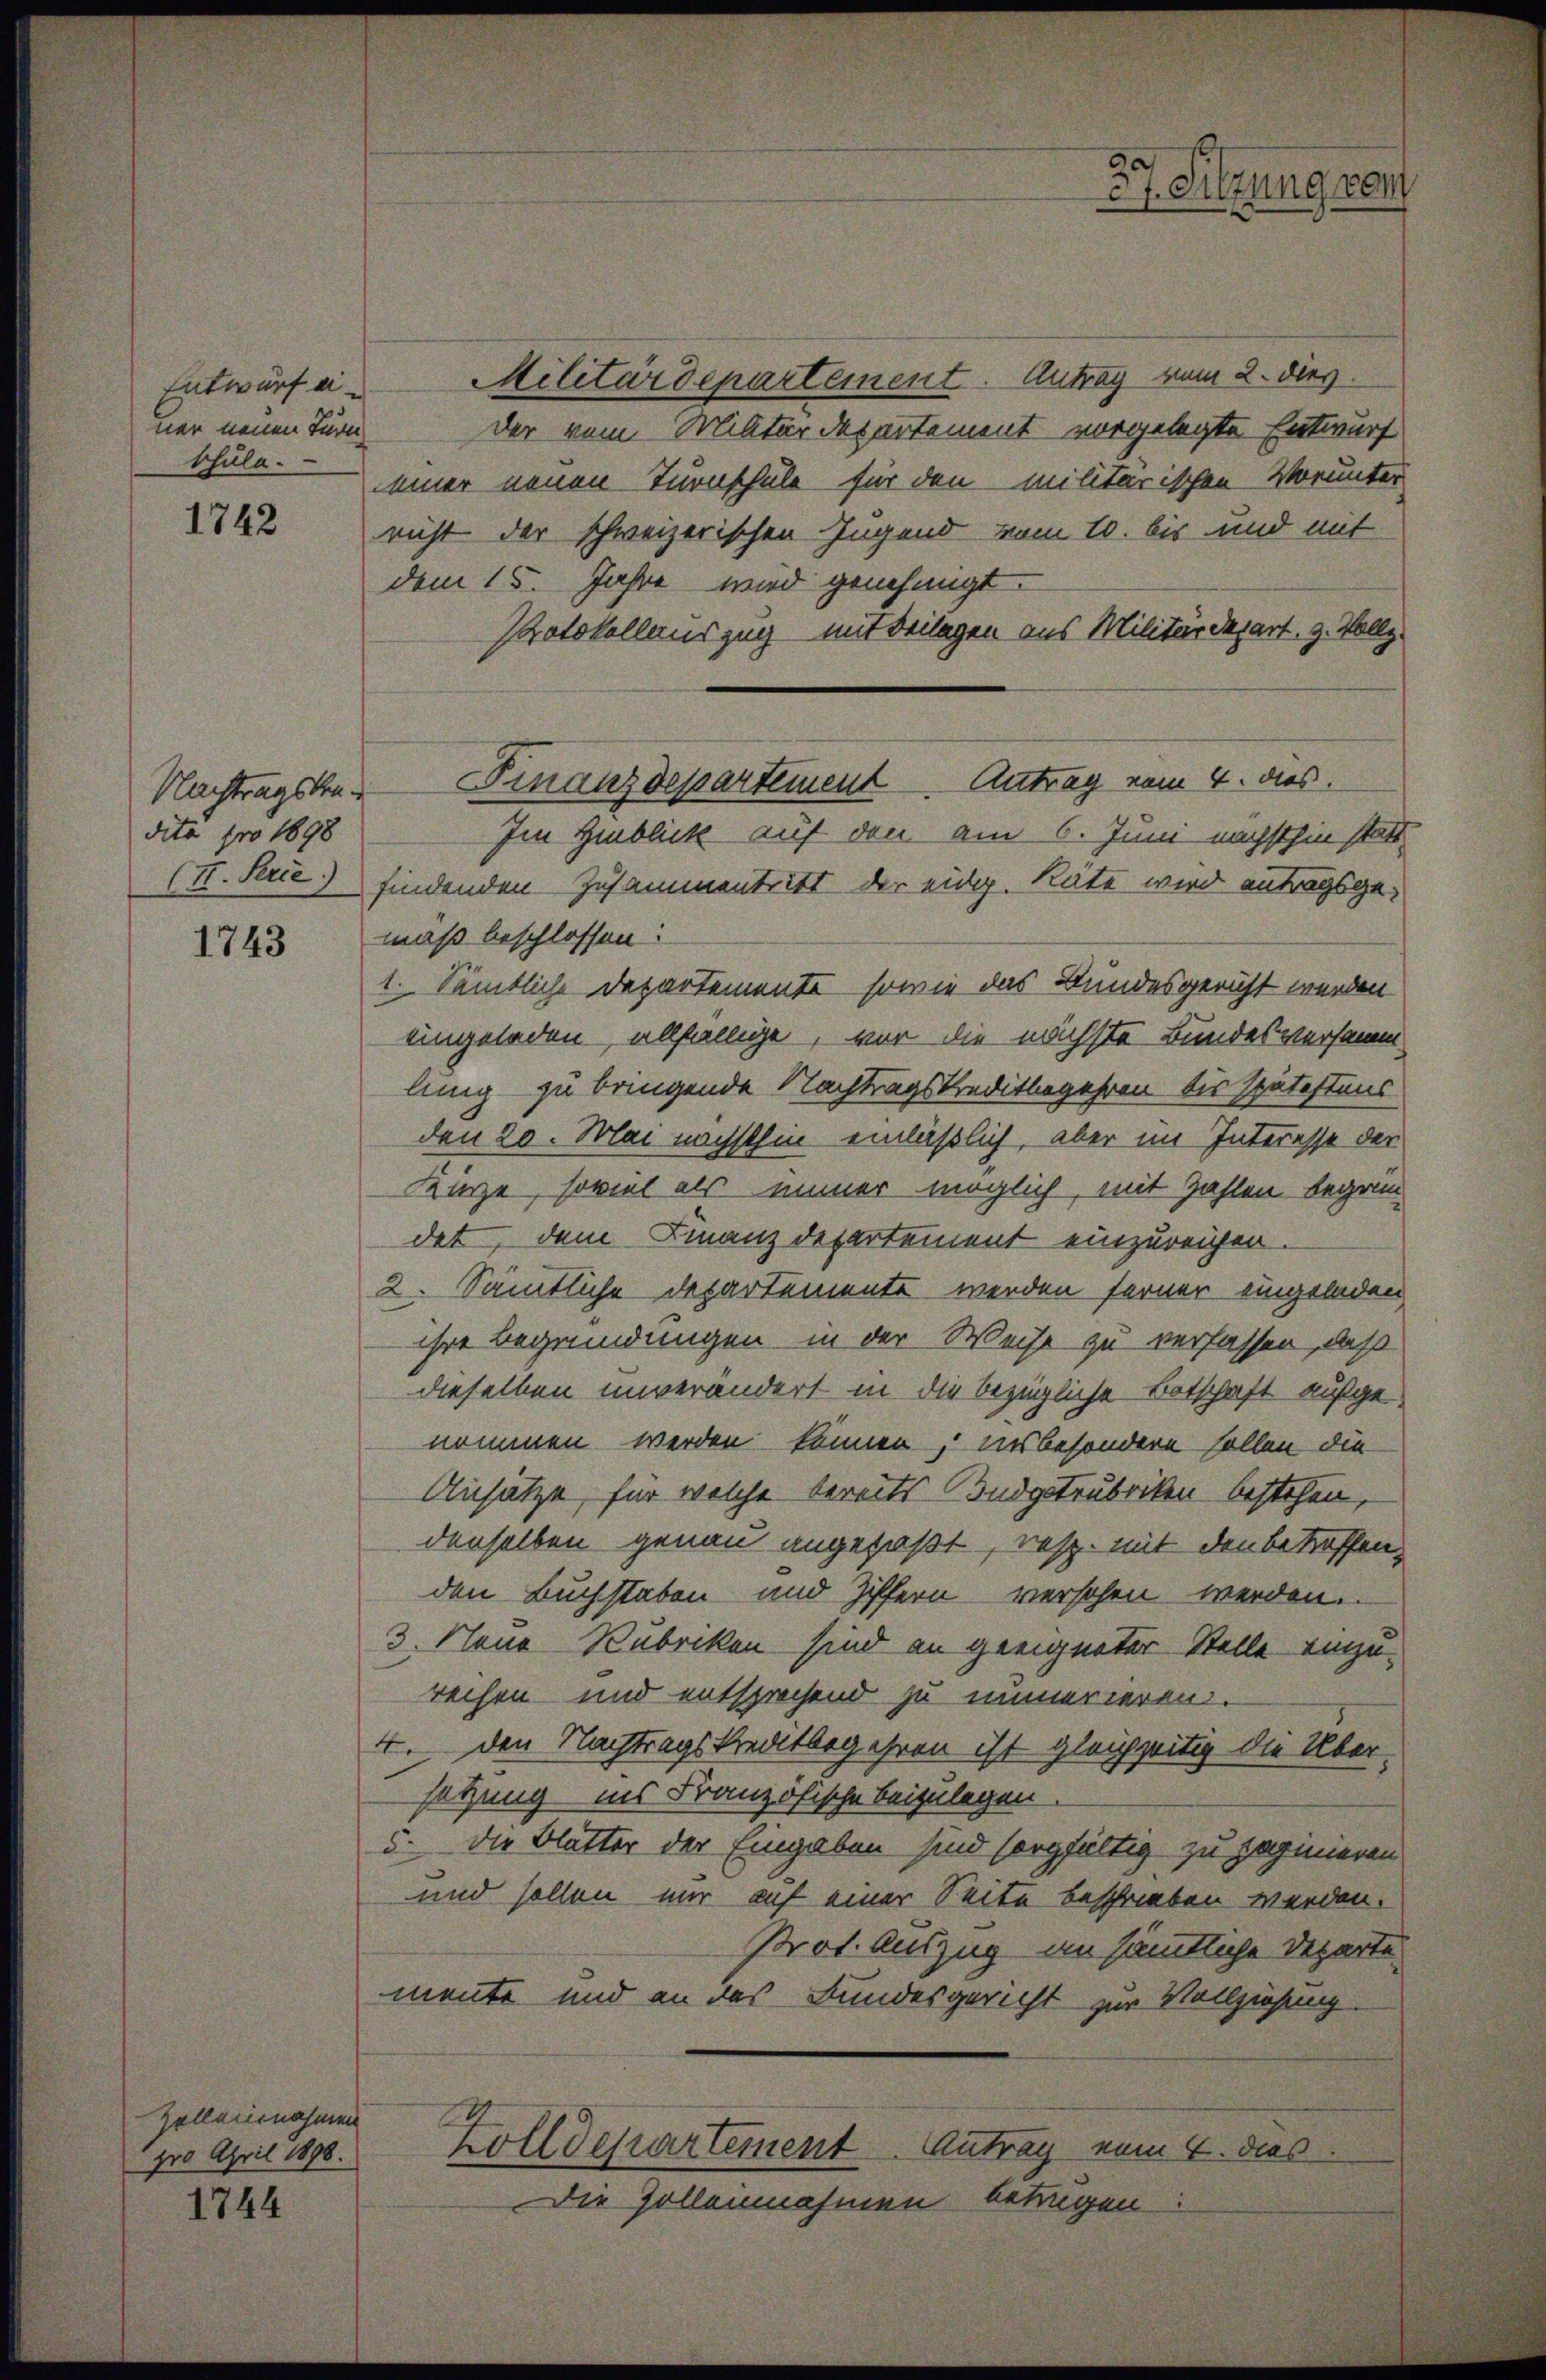
Entwurf ei
ner neuen Turn
schule.

1742

dita pro 1898

1743

Zolleinnahmen
900 April 1898.

1744

Militärdepartement. Antrag vom 2. dies
der vom Militärdepartement vorgelegte Entwurf
iiner neuen Turnschule für den militärischen Vorunter
richt der schweizerischen Jugend vom 10. bis und mit
dem 15. Jahre wird genehmigt.
Protokollenszug mit Beilagen aus Militärdepart. 3. Vollz
(II. Perce) findenden Zusammentritt der eidg. Räte wird antragsgemäß beschlossen:
1. Sämtliche Departemente, sowie das Bundesgericht werden
eingeladen, allfällige, vor die nächste Bundesversamm
ling zu bringende Nachtragskreditbegehren bis spätestens
den 20. Mai nächsthin einläßlich, aber im Interesse der
Kürze, soviel als immer möglich, mit Zahlen begann
det, dem Finanzdepartement einzureichen.
2. Sämtliche Departemente werden ferner eingeladen
ihre Begründungen in der Weise zu verfassen, daß
dieselben unverändert in die bezügliche Botschaft aufgenommen werden können, insbesondere sollen die
Ansätze, für welche bereits Budgetrubriken bestehen,
denselben genau angefaßt, resp. mit den betreffen,
den Buchstaben und Ziffern versehen werden.
3. Neue Rubriken sind an geeigneter Stelle einzu-
rechen und entsprechend zu numerieren.
4. den Nachtragskreditbegehren ist gleichzeitig die Über-
setzung ins Französische beizulegen.
5. Die Blätter der Eingaben sind sorgfältig zu saginieren
und sollen mir auf einer Seite beschrieben werden.
Prot. Auszug an sämtliche Departe
mente und an das Bundesgericht zur Vollziehung.
Zolldepartement Antrag vom 4. dies
Die Zollennahmen betrügen:

27. Sitzung von

Nachtragste Finanzdepartement Antrag vom 4. dies
Im Hinblick auf den am 6. Juni nächsthin statt